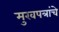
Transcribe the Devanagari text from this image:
मुखपत्रांचे